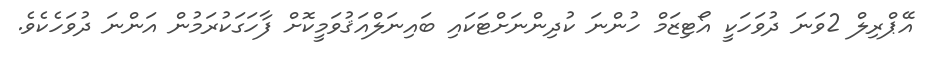
އޭޕްރިލް 2ވަނަ ދުވަހަކީ އޯޓިޒަމް ހުންނަ ކުދިންނަށްޓަކައި ބައިނަލްއަޤުވަމީކޮށް ފާހަގަކުރަމުން އަންނަ ދުވަހެކެވެ.